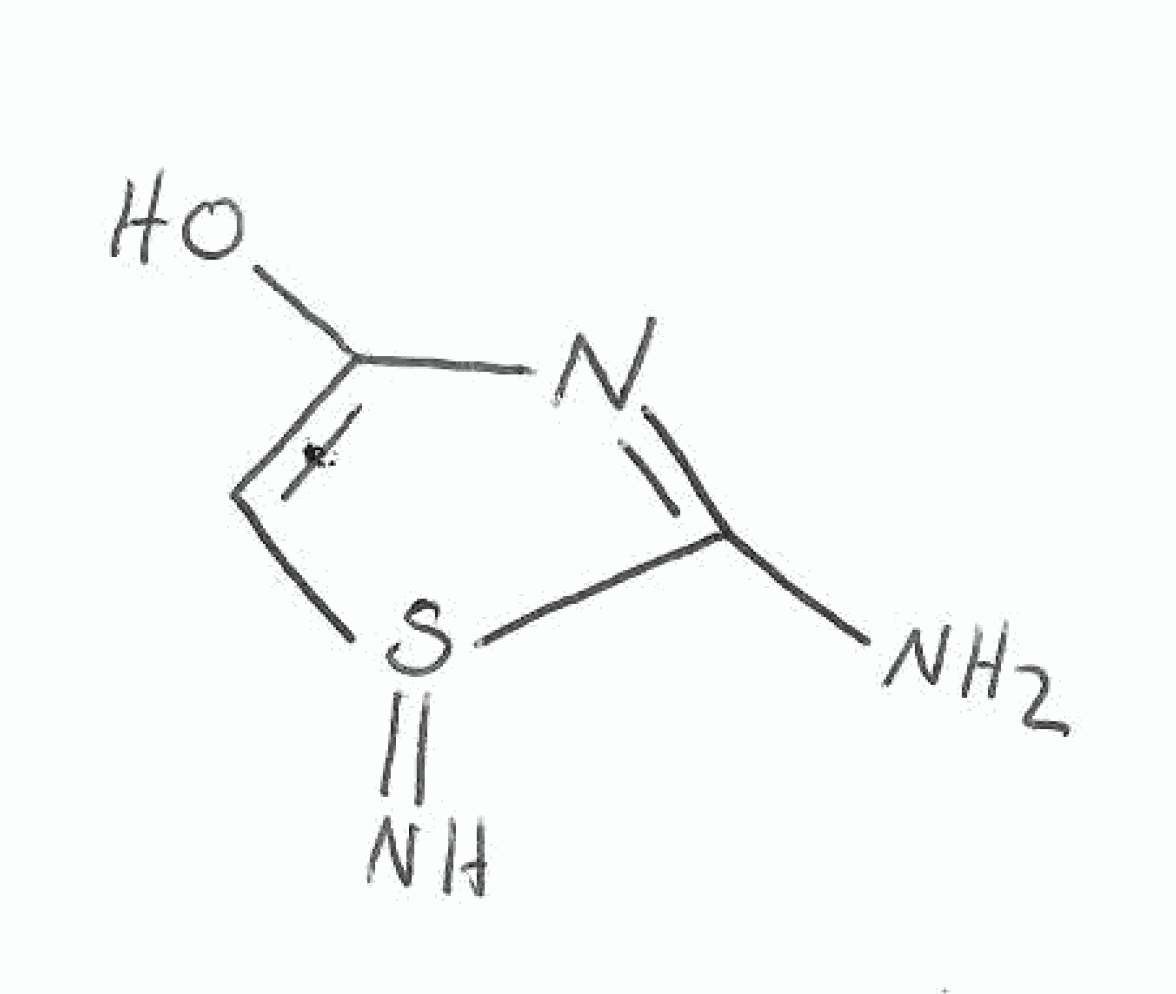
Simplified molecular-input line-entry system (SMILES) notation of the given molecule:
C1=C(N=C(S1=N)N)O